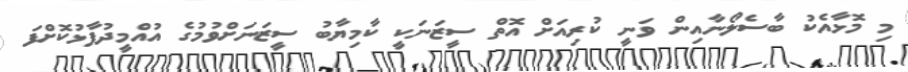
މި މޮޅާއެކު ބާސެލޯނާއިން ވަނީ ކުރިއަށް އޮތް ސީޒަނަކީ ކާމިޔާބު ސީޒަނަށްވުމުގެ އުއްމީދުފާޅުކޮށްފަ